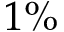
1 \%